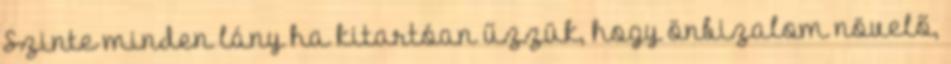
Szinte minden lány ha kitartóan űzzük, hogy önbizalom növelő,